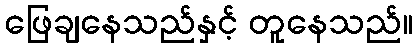
ဖြေချနေသည်နှင့် တူနေသည်။